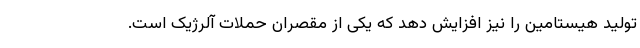
تولید هیستامین را نیز افزایش دهد که یکی از مقصران حملات آلرژیک است.